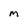
Character: M